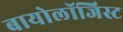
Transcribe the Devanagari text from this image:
बायोलॉजिस्ट